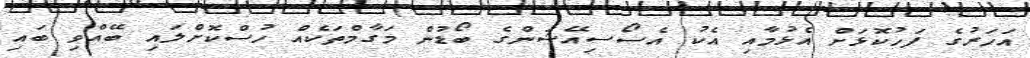
އަހަރުގެ ފަހުކޮޅަށް އެޅުމާއި އެކު އެސޯސިއޭޝަންގެ ބޯޑުން މަގާމްތަކެއް ހުސްކޮށްލައި ބޭއްވި ބައި